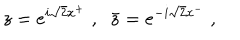
z = e ^ { i \sqrt 2 x ^ { + } } \; , \; \; \bar { z } = e ^ { - i \sqrt 2 x ^ { - } } \; ,